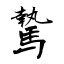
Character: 騺